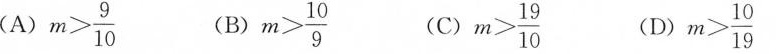
(A) $$m > \frac{9}{10}$$ (B) $$m > \frac{10}{9}$$ (C) $$m > \frac{19}{10}$$ (D) $$m > \frac{10}{19}$$